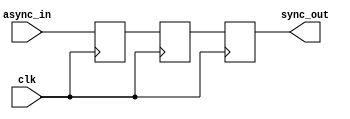
module metastability_filter (
    input wire clk,            // Clock signal
    input wire async_in,       // Asynchronous input signal
    output reg sync_out        // Synchronized output signal
);

    reg ff1;                   // First flip-flop
    reg ff2;                   // Second flip-flop

    always @(posedge clk) begin
        ff1 <= async_in;      // Sample the asynchronous input
        ff2 <= ff1;           // Sample the output of the first flip-flop
    end

    always @(posedge clk) begin
        sync_out <= ff2;      // Output the stable signal
    end

endmodule